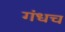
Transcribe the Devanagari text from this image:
गंधच